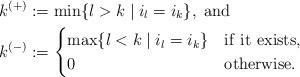
LaTeX: \begin{align*}k^{(+)} &:= \min\{l > k \mid i_l = i_k\},\ {\rm and}\\k^{(-)} &:= \begin{cases}\max\{l < k \mid i_l = i_k\} &{\rm if\ it\ exists},\\0 &{\rm otherwise}.\end{cases}\end{align*}